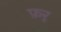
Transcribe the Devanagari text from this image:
फ़र्